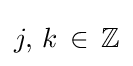
j,\,k\,\in \,\mathbb {Z}